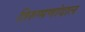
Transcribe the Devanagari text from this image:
तिरुप्पणांदाल